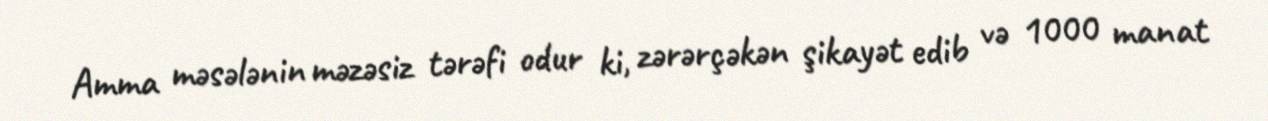
Amma məsələnin məzəsiz tərəfi odur ki, zərərçəkən şikayət edib və 1000 manat